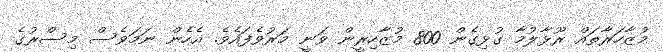
މުޒާހަރާތައް ރޫޅާލުމާ ގުޅިގެން 800 މުޒާހިރީން ވަނީ މަރުވެފައެވެ. އެހެން ނަމަވެސް މިސްރުގެ